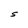
Character: S